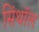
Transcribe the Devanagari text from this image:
सिंथॉल